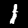
Digit: 1